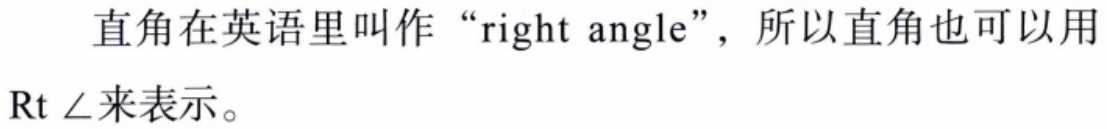
直角在英语里叫作“right angle”，所以直角也可以用$\text{Rt} \angle$来表示。